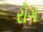
રોગ